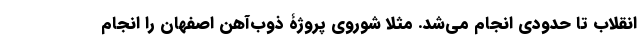
انقلاب تا حدودی انجام می‌شد. مثلا شوروی پروژۀ ذوب‌آهن اصفهان را انجام